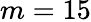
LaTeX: m=15